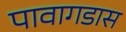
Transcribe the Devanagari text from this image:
पावागडास